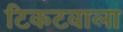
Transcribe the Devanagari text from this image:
टिकटवाला